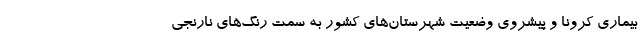
بیماری کرونا و پیشروی وضعیت شهرستان‌های کشور به سمت رنگ‌های نارنجی